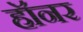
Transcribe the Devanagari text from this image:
हॉनर